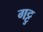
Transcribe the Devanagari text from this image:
गट्टु